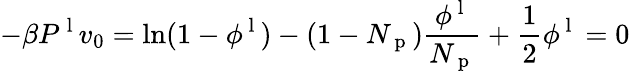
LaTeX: -\beta P^{\mathrm{~l~}}v_{0}=\ln(1-\phi^{\mathrm{~l~}})-(1-N_{\mathrm{~p~}})\frac{\phi^{\mathrm{~l~}}}{N_{\mathrm{~p~}}}+\frac{1}{2}\phi^{\mathrm{~l~}}=0